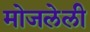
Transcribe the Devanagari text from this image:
मोजलेली